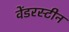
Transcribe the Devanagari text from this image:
वेंडरस्टीन